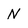
Character: N